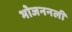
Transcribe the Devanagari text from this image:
भोजननली